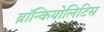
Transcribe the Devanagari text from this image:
ब्रॉन्कियोलिटिस